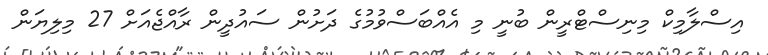
އިސްލާމިކް މިނިސްޓްރީން ބުނީ މި އެއްބަސްވުމުގެ ދަށުން ސައުދީން ރާއްޖެއަށް 27 މިލިޔަން